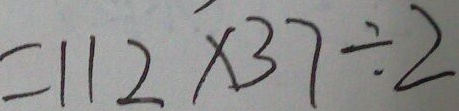
= 1 1 2 \times 3 7 \div 2